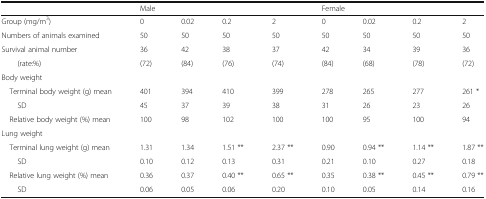
<table><thead><tr><td></td><td colspan="4"><b>Male</b></td><td colspan="4"><b>Female</b></td></tr></thead><tbody><tr><td>Group (mg/m<sup>3</sup>)</td><td>0</td><td>0.02</td><td>0.2</td><td>2</td><td>0</td><td>0.02</td><td>0.2</td><td>2</td></tr><tr><td>Numbers of animals examined</td><td>50</td><td>50</td><td>50</td><td>50</td><td>50</td><td>50</td><td>50</td><td>50</td></tr><tr><td>Survival animal number</td><td>36</td><td>42</td><td>38</td><td>37</td><td>42</td><td>34</td><td>39</td><td>36</td></tr><tr><td>(rate:%)</td><td>(72)</td><td>(84)</td><td>(76)</td><td>(74)</td><td>(84)</td><td>(68)</td><td>(78)</td><td>(72)</td></tr><tr><td colspan="9">Body weight</td></tr><tr><td> Terminal body weight (g) mean</td><td>401</td><td>394</td><td>410</td><td>399</td><td>278</td><td>265</td><td>277</td><td>261 *</td></tr><tr><td>SD</td><td>45</td><td>37</td><td>39</td><td>38</td><td>31</td><td>26</td><td>23</td><td>26</td></tr><tr><td> Relative body weight (%) mean</td><td>100</td><td>98</td><td>102</td><td>100</td><td>100</td><td>95</td><td>100</td><td>94</td></tr><tr><td colspan="9">Lung weight</td></tr><tr><td> Terminal lung weight (g) mean</td><td>1.31</td><td>1.34</td><td>1.51 **</td><td>2.37 **</td><td>0.90</td><td>0.94 **</td><td>1.14 **</td><td>1.87 **</td></tr><tr><td>SD</td><td>0.10</td><td>0.12</td><td>0.13</td><td>0.31</td><td>0.21</td><td>0.10</td><td>0.27</td><td>0.18</td></tr><tr><td> Relative lung weight (%) mean</td><td>0.36</td><td>0.37</td><td>0.40 **</td><td>0.65 **</td><td>0.35</td><td>0.38 **</td><td>0.45 **</td><td>0.79 **</td></tr><tr><td>SD</td><td>0.06</td><td>0.05</td><td>0.06</td><td>0.20</td><td>0.10</td><td>0.05</td><td>0.14</td><td>0.16</td></tr></tbody></table>